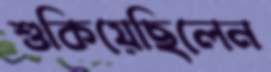
শুকিয়েছিলেন